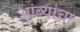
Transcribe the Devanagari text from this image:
आंब्यांचा